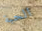
الحبة